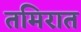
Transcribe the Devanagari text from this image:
तमिरात